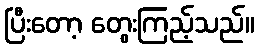
ပြီးတော့ တွေးကြည့်သည်။